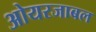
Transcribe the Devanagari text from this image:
ओयरजाबल